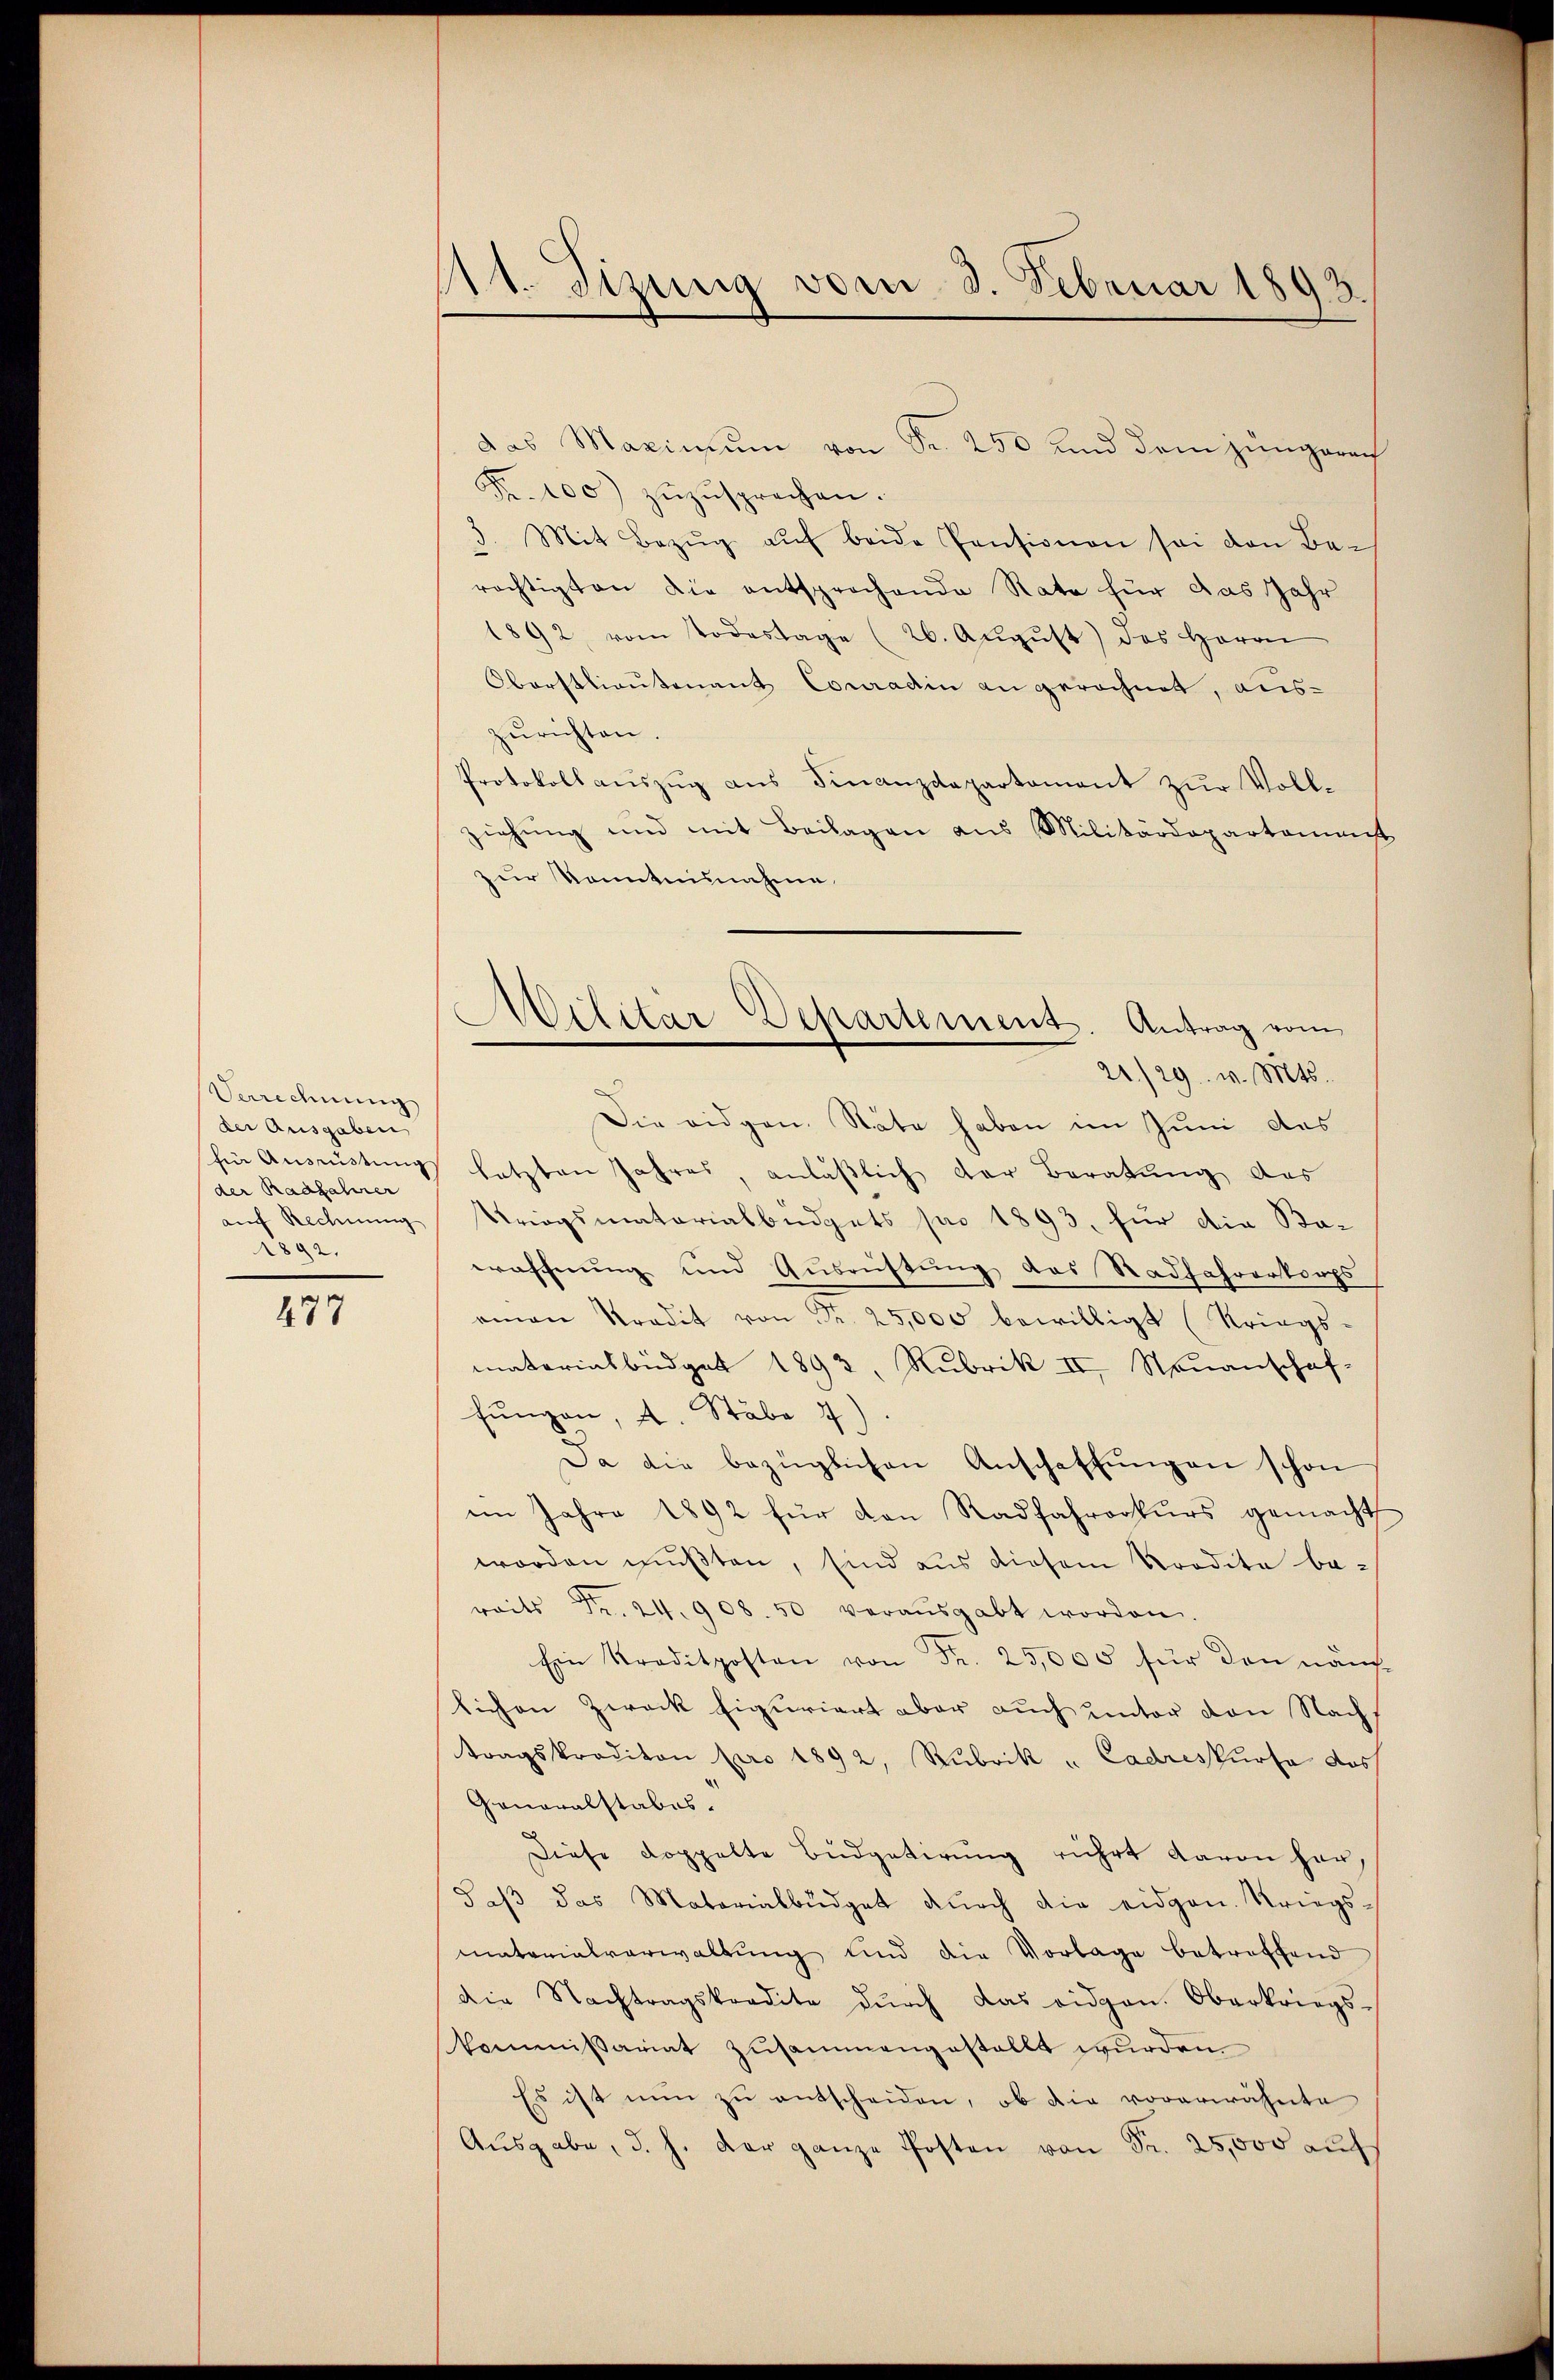
Verrechnung
der Ausgaben
der Raafahrer
auf Rechnung
1892.

477

At. Tizung vom 3. Februar 1893.

das Maximum von Fr. 250 und dem jungerech
Fr. 100) zŭzŭsprechen.
3. Mit Bezŭg aŭf beide Pensionen sei den Be-
rächtigten die entsprochende Rate für das Jahr
1892, vom Todestage (26. Aŭgŭst) das Herrn
Oberstlieutenant Conradin an gerechnet, auszŭrichten.
Protokoll auszug aus Finanzdepartament zur Vollziehung und mit Beilagen aus Militärdepartamenst
zur Kenntnisnahme
Die eidgen. Stäte haben im Juni das
hin Ausrüstung letzten Jahres, anläβlich der Beratŭng des
Kriegsmatorialbüdgets pro 1893, für die Ba-
eröffnung und Ausrüstung des Radfahrerkorps
aman Kredit von Fr. 25,000 bewilligt (Kriegs-
materialbüdget 1893, Rubrik II, Neuanschaf-
fungen, A. Stäbe 7)
Da die bezüglichen Anschaffŭngen schon
im Jahre 1892 für den Radfahrerkurs gemacht
worden mußten, sind aus diesem Prodite be-
reits Fr. 24. 908. 50 veraŭsgabt worden.
Ein Traditposten von Fr. 25,000 für den näuflichen Zweck figuriert aber auch unter den Nachs
tragskrediton pro 1892, Rubrik u Cadreskurse dos
Generalstabes.
Diese doppelte Budgetirung rührt davon her,
daβ das Materialbüdget dŭrch die eidgen. Kriegsmaterialverwaltung und die Vorlage betreffend
die Nachtragskredite dŭrch das eidgen. Oberkriegs-
kommißariat zusammengestellt wurden.
Es ist nŭn zŭ entscheiden, ob die vorerwähnte
Aŭsgabe, d. h. der ganze Posten von Fr. 25,000 auf

Militar-Departement. Antrag vom
21./29. v. Mts.